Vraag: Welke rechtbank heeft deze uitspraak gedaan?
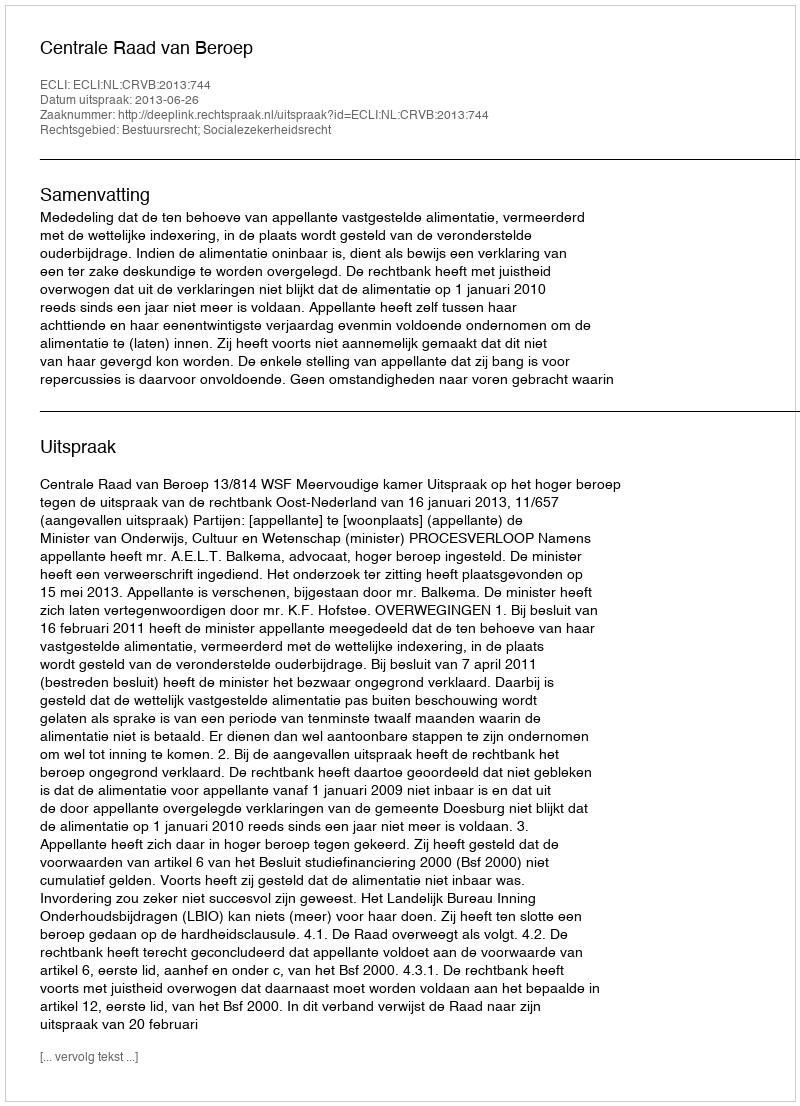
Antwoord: Centrale Raad van Beroep